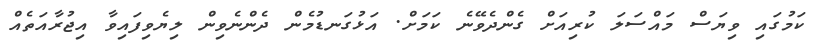
ކަމުގައި ވިޔަސް މައްސަލަ ކުރިއަށް ގެންދެވޭނެ ކަމަށް. އަޅުގަނޑުމެން ދެންނެވިން ލިޔެވިފައިވާ އިޖުރާއަތެއް